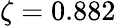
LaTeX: \zeta=0.882